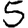
Digit: 5